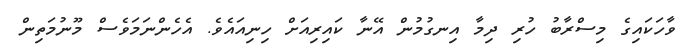
ވާހަކައިގެ މިސްރާބު ހުރި ދިމާ އިނގުމުން އޭނާ ކައިރިއަށް ހިނިއައެވެ. އެހެންނަމަވެސް މޫނުމަތިން